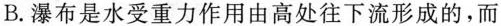
B.瀑布是水受重力作用由高处往下流形成的，而